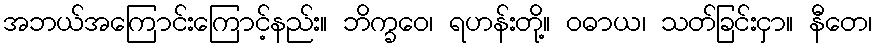
အဘယ်အကြောင်းကြောင့်နည်း။ ဘိက္ခဝေ၊ ရဟန်းတို့။ ဝဓာယ၊ သတ်ခြင်းငှာ။ နီတေ၊